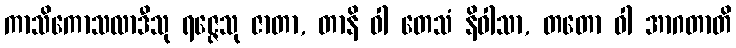
ကာသိကောသလာဒီသု ရဇ္ဇေသု ဇာတာ, တာနိ ဝါ တေသံ နိဝါသာ, တတော ဝါ အာဂတာတိ